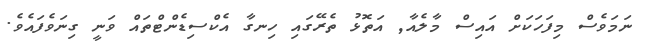
ނަމަވެސް މިފަހަކަށް އައިސް މާލެއާ